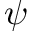
\psi